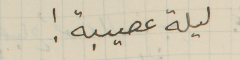
ليلة عصيبة!